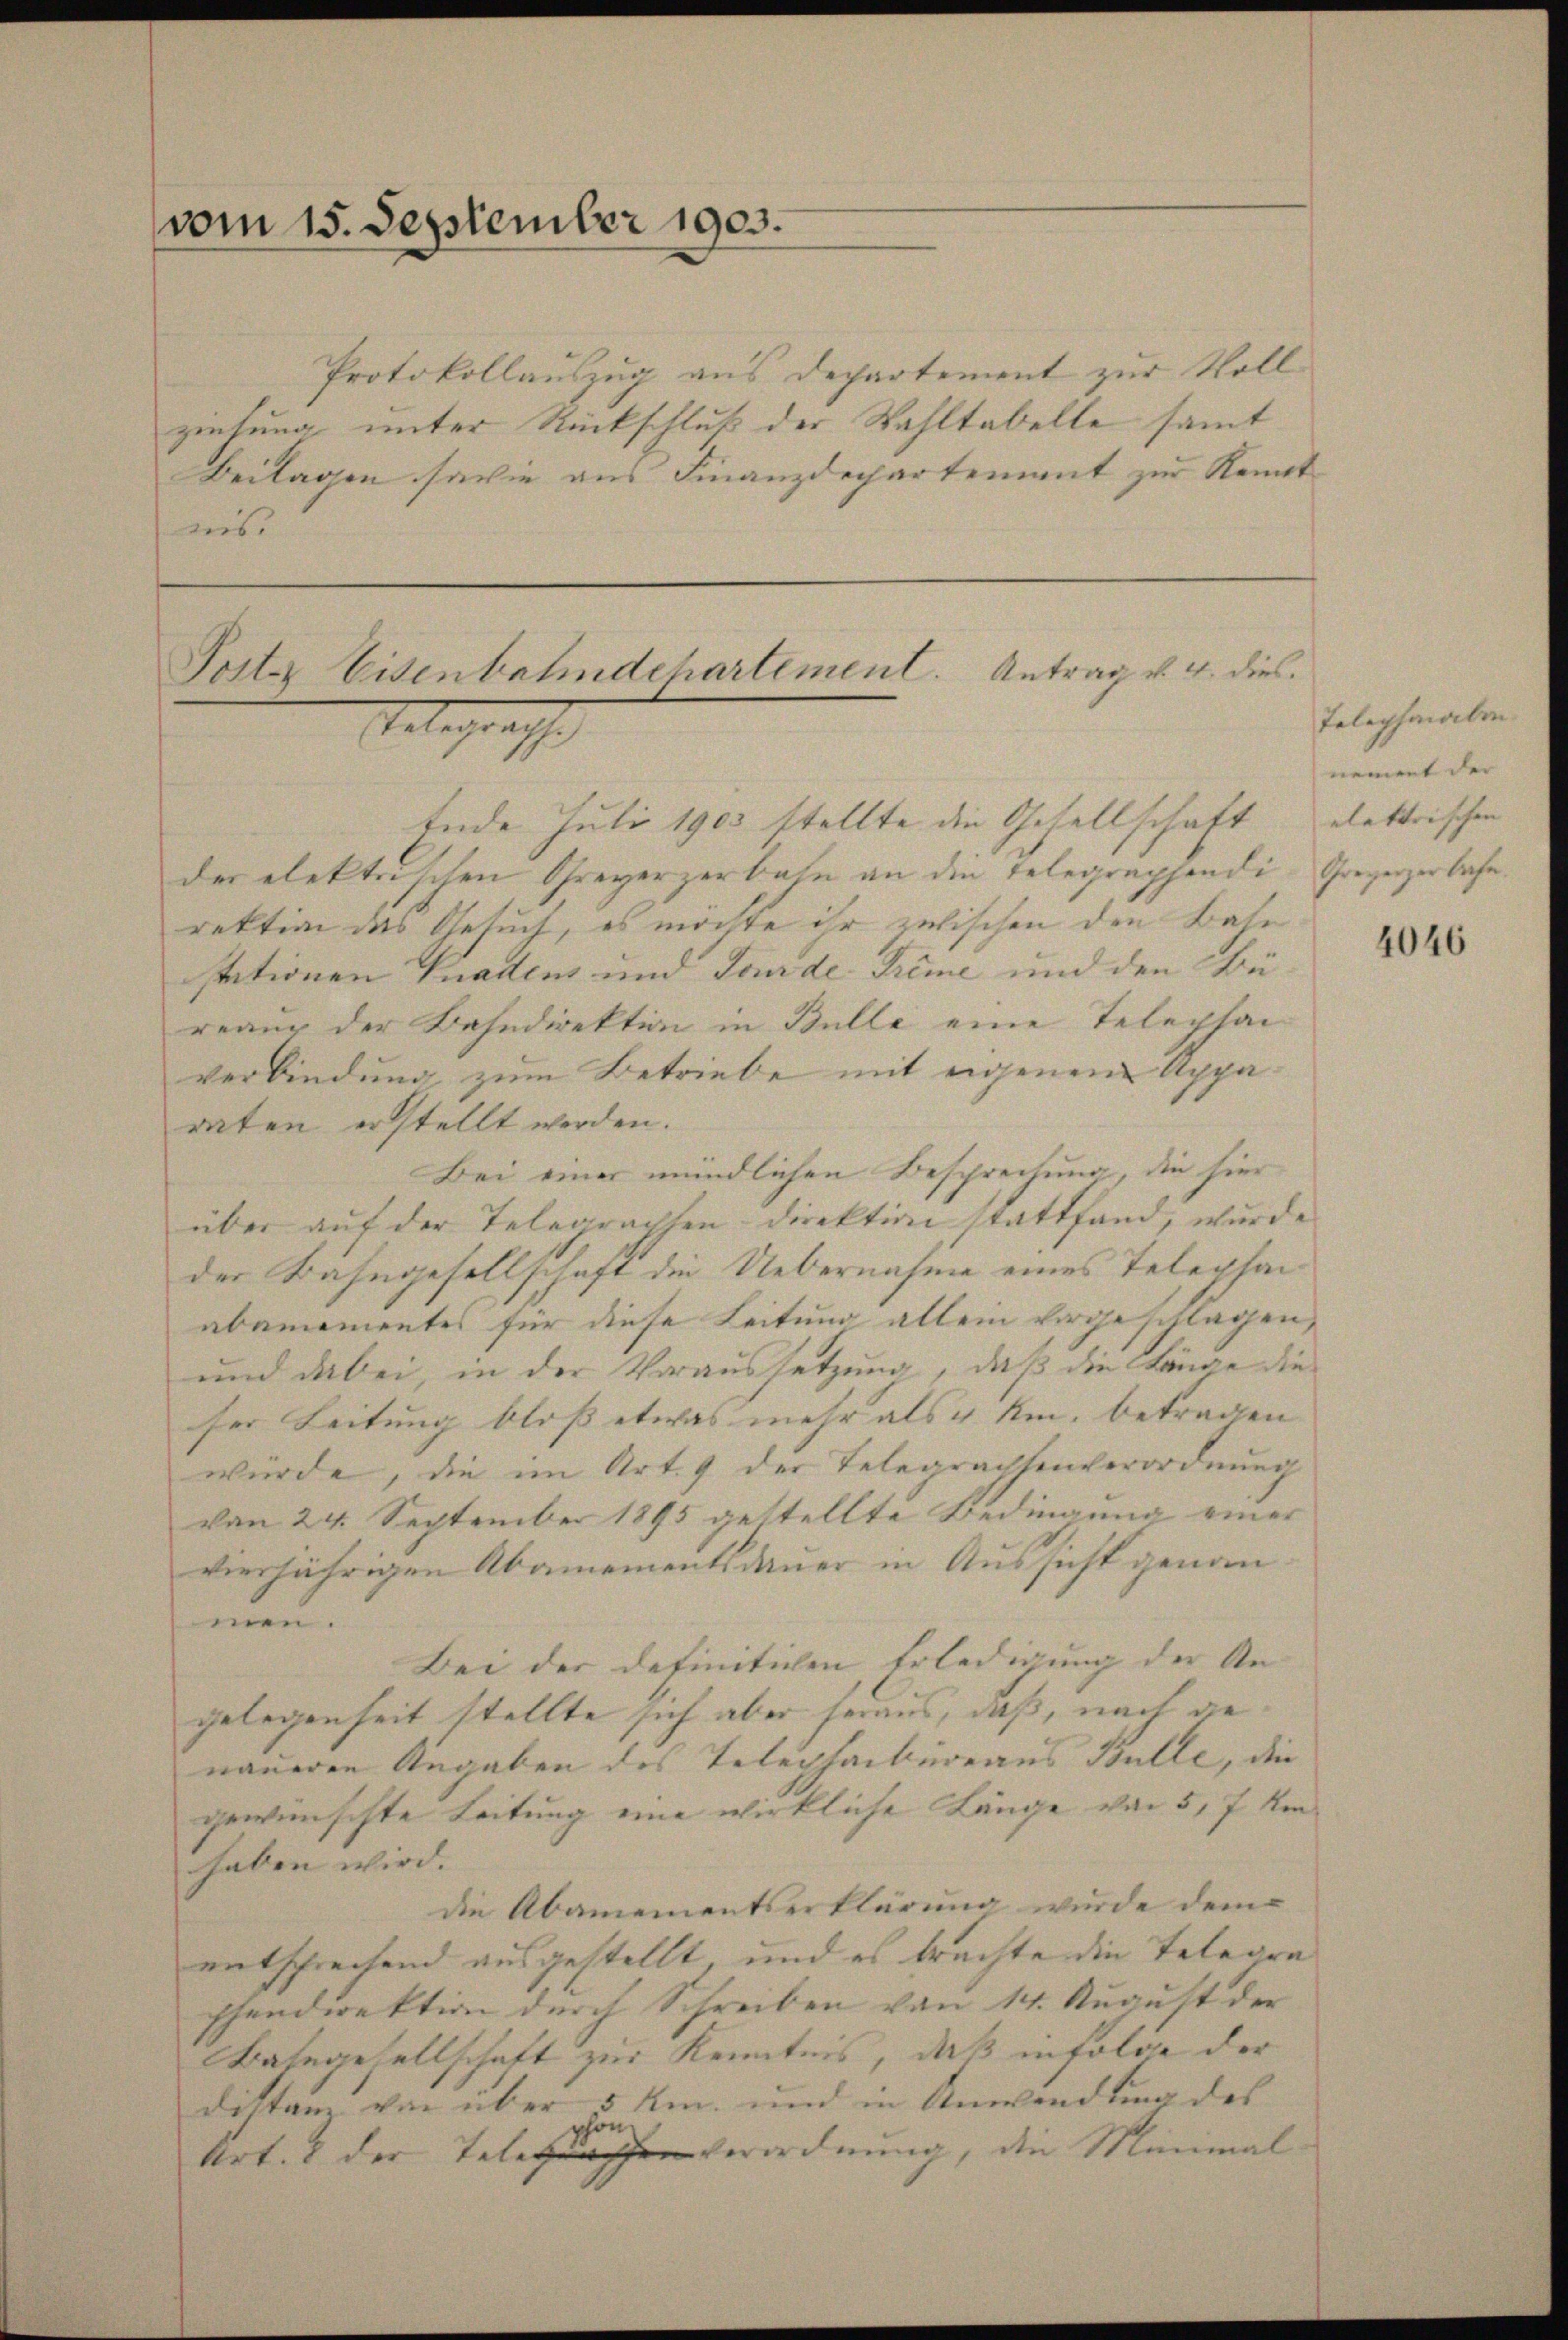
vom 15. September 1903.

Protokollauszug aus Departement zur Voll
ziehung unter Rückschluß der Wahltabelle sammt
Beilagen sowie aus Finanzdechartement zur Kenntweis

Poster Eisenbahndchartement. Antrag v. 4. dies
Telegraphe

Ende Juli 1903 stellte die Gesellschaft
der elektrischen Greyerzerbahn an die Telegraphendi-Grogerzerbahn.
rektion des Gesuch, es möchte ihr zwischen den Bahn
stationen Gnadens und Jourde Trime und den Büreang der Bahndirektion in Bulle eine Telephan
verbindung zum Betriebe mit eigenem Apparaten erstellt werden.
Bei einer mündlichen Besprechung, die hier
über auf der Telegraphen- Direktion stattfand, wurde
der Bahngesellschaft die Uebernahme eines Telephan
abamementes für diese Leitung allein vorgeschlagen,
und dabei, in der Voraussetzung, daß die Länge die
ser Leitung bloss etwas mehr als & km. betragen |
würde, die im Art. 9 der Telegrachsenverordnung
von 24. September 1895 gestellte Bedingung einer
vierjährigen Abamementsdauer in Aussicht genau-
men.
Bei der definitichen Erledigung der An-
gelegenheit stellte sich aber heraus, daß, nach die
naueren Angaben des Telephaibuoraus Bulle, die
gewünschte Leitung eine wirkliche Länge von 5, 7 kon- |
haben wird.
die Abamementserklärung wurde dem
entsprechend ausgestellt, und es brachte die Telegraphendirektion durch Schreiben von 14. August der
Bahngesellschaft zur Kenntnis, daß infolge der
distanz von über 5 km. und in Anwendung des
Art. 2 der Telegen Verordnung, die Minimal

Telephonaben
nement der |
elektrischen |

4046